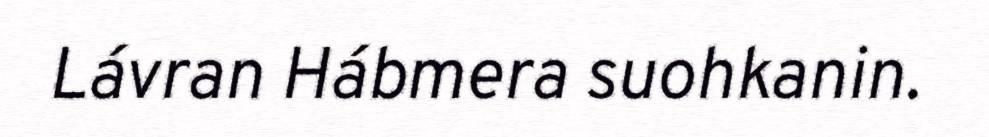
Lávran Hábmera suohkanin.